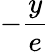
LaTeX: -\frac{y}{e}